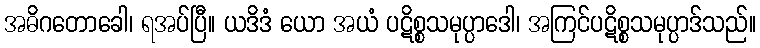
အဓိဂတောခေါ၊ ရအပ်ပြီ။ ယဒိဒံ ယော အယံ ပဋိစ္စသမုပ္ပာဒေါ၊ အကြင်ပဋိစ္စသမုပ္ပာဒ်သည်။